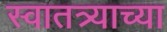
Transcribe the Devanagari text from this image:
स्वातत्र्याच्या